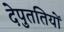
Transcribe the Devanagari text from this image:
देपुततियों